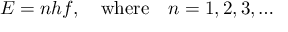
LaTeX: E = n h f , \quad { \mathrm { w h e r e } } \quad n = 1 , 2 , 3 , \ldots